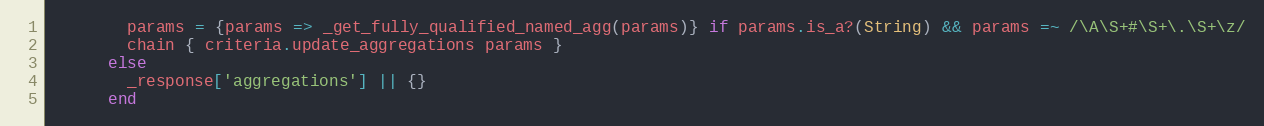
Language: Ruby
        params = {params => _get_fully_qualified_named_agg(params)} if params.is_a?(String) && params =~ /\A\S+#\S+\.\S+\z/
        chain { criteria.update_aggregations params }
      else
        _response['aggregations'] || {}
      end